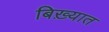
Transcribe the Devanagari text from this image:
बिख़्यात